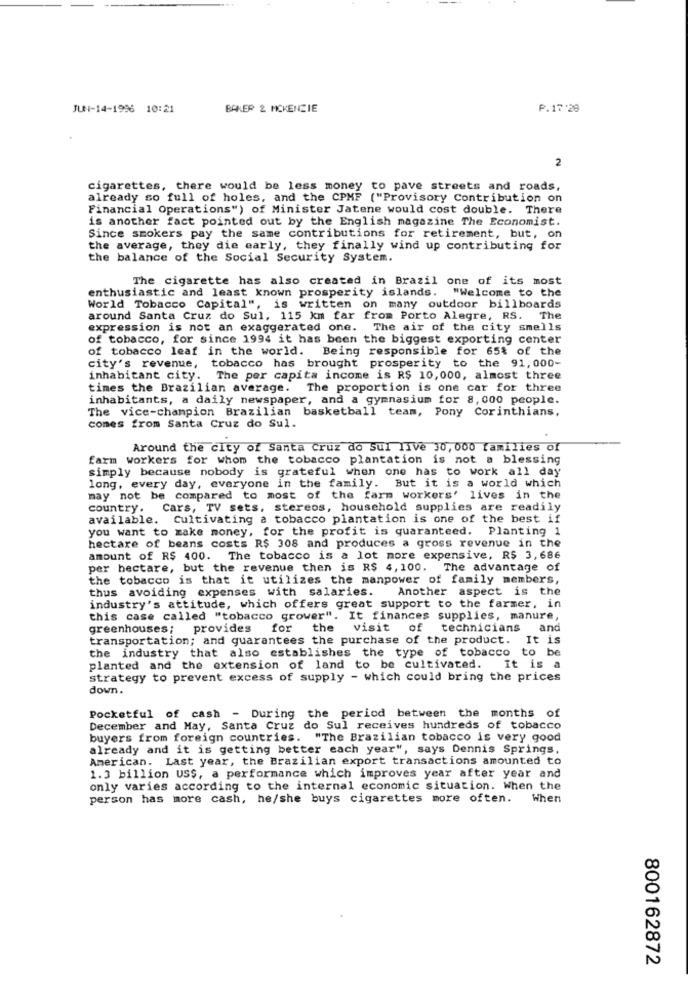
JUN-14-1996 10:21
BAKER & MCKENZIE
P.17:28
2
cigarettes, there would be less money to pave streets and roads,
already so full of holes, and the CPMF ("Provisory Contribution on
Financial Operations") of Minister Jatene would cost double. There
is another fact pointed out by the English magazine The Economist.
Since smokers pay the same contributions for retirement, but, on
the average, they die early, they finally wind up contributing for
the balance of the Social Security System.
The cigarette has also created in Brazil one of its most
enthusiastic and least known prosperity islands. "Welcome to the
World Tobacco Capital", is written on many outdoor billboards
around Santa Cruz do Sul, 115 km far from Porto Alegre, RS. The
expression is not an exaggerated one. The air of the city smells
of tobacco, for since 1994 it has been the biggest exporting center
of tobacco leaf in the world. Being responsible for 65% of the
city's revenue, tobacco has brought prosperity to the 91,000-
inhabitant city. The per capita income is R$ 10,000, almost three
times the Brazilian average. The proportion is one car for three
inhabitants, a daily newspaper, and a gymnasium for 8, 000 people.
The vice-champion Brazilian basketball team, Pony Corinthians.
comes from Santa Cruz do Sul.
Around the city of Santa Cruz do Sul live 30,000 families of
farm workers for whom the tobacco plantation is not a blessing
simply because nobody is grateful when one has to work all day
long, every day, everyone in the family. But it is a world which
may not be compared to most of the farm workers' lives in the
country. Cars, TV sets, stereos, household supplies are readily
available. Cultivating a tobacco plantation is one of the best if
you want to make money, for the profit is guaranteed. Planting 1
hectare of beans costs R$ 308 and produces a gross revenue in the
amount of R$ 400. The tobacco is a lot more expensive, R$ 3,686
per hectare, but the revenue then is R$ 4, 100. The advantage of
the tobacco is that it utilizes the manpower of family members,
thus avoiding expenses with salaries.
Another aspect is the
industry's attitude, which offers great support to the farmer, in
this case called "tobacco grower". It finances supplies, manure,
greenhouses; provides for the visit of technicians and
transportation; and guarantees the purchase of the product. It is
the industry that also establishes the type of tobacco to be
planted and the extension of land to be cultivated.
It is a
strategy to prevent excess of supply - which could bring the prices
down.
Pocketful of cash - During the period between the months of
December and May, Santa Cruz do Sul receives hundreds of tobacco
buyers from foreign countries. "The Brazilian tobacco is very good
already and it is getting better each year", says Dennis Springs,
American. Last year, the Brazilian export transactions amounted to
1.3 billion USS, a performance which improves year after year and
only varies according to the internal economic situation. When the
person has more cash, he/she buys cigarettes more often. When
800162872